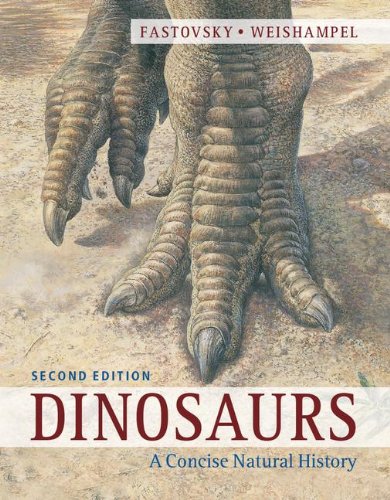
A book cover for Dinosaurs: A Concise Natural History; David E. Fastovsky; Science & Math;